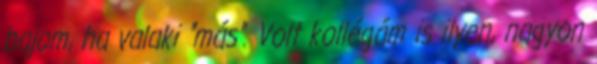
bajom, ha valaki "más". Volt kollégám is ilyen, nagyon